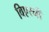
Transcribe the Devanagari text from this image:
विएरनी